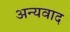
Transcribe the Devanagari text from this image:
अन्यवाद